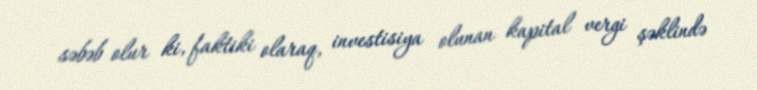
səbəb olur ki, faktiki olaraq, investisiya olunan kapital vergi şəklində